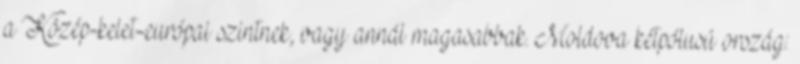
a Közép-kelet-európai szintnek, vagy annál magasabbak. Moldova kétpólusú ország: